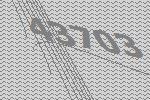
43703